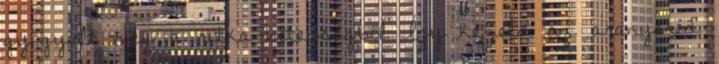
gyógyult meg a ritka betegségből Így kezeld az aranyered